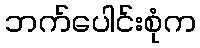
ဘက်ပေါင်းစုံက